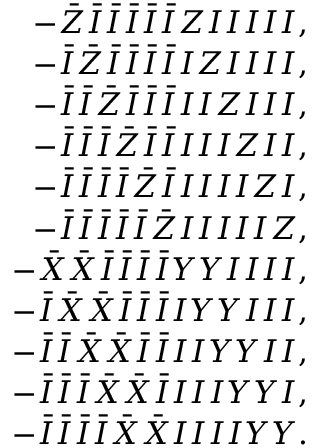
\begin{array} { r l r } & { } & { - \bar { Z } \bar { I } \bar { I } \bar { I } \bar { I } \bar { I } Z I I I I I , } \\ & { } & { - \bar { I } \bar { Z } \bar { I } \bar { I } \bar { I } \bar { I } I Z I I I I , } \\ & { } & { - \bar { I } \bar { I } \bar { Z } \bar { I } \bar { I } \bar { I } I I Z I I I , } \\ & { } & { - \bar { I } \bar { I } \bar { I } \bar { Z } \bar { I } \bar { I } I I I Z I I , } \\ & { } & { - \bar { I } \bar { I } \bar { I } \bar { I } \bar { Z } \bar { I } I I I I Z I , } \\ & { } & { - \bar { I } \bar { I } \bar { I } \bar { I } \bar { I } \bar { Z } I I I I I Z , } \\ & { } & { - \bar { X } \bar { X } \bar { I } \bar { I } \bar { I } \bar { I } Y Y I I I I , } \\ & { } & { - \bar { I } \bar { X } \bar { X } \bar { I } \bar { I } \bar { I } I Y Y I I I , } \\ & { } & { - \bar { I } \bar { I } \bar { X } \bar { X } \bar { I } \bar { I } I I Y Y I I , } \\ & { } & { - \bar { I } \bar { I } \bar { I } \bar { X } \bar { X } \bar { I } I I I Y Y I , } \\ & { } & { - \bar { I } \bar { I } \bar { I } \bar { I } \bar { X } \bar { X } I I I I Y Y . } \end{array}